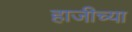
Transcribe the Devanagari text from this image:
हाजीच्या